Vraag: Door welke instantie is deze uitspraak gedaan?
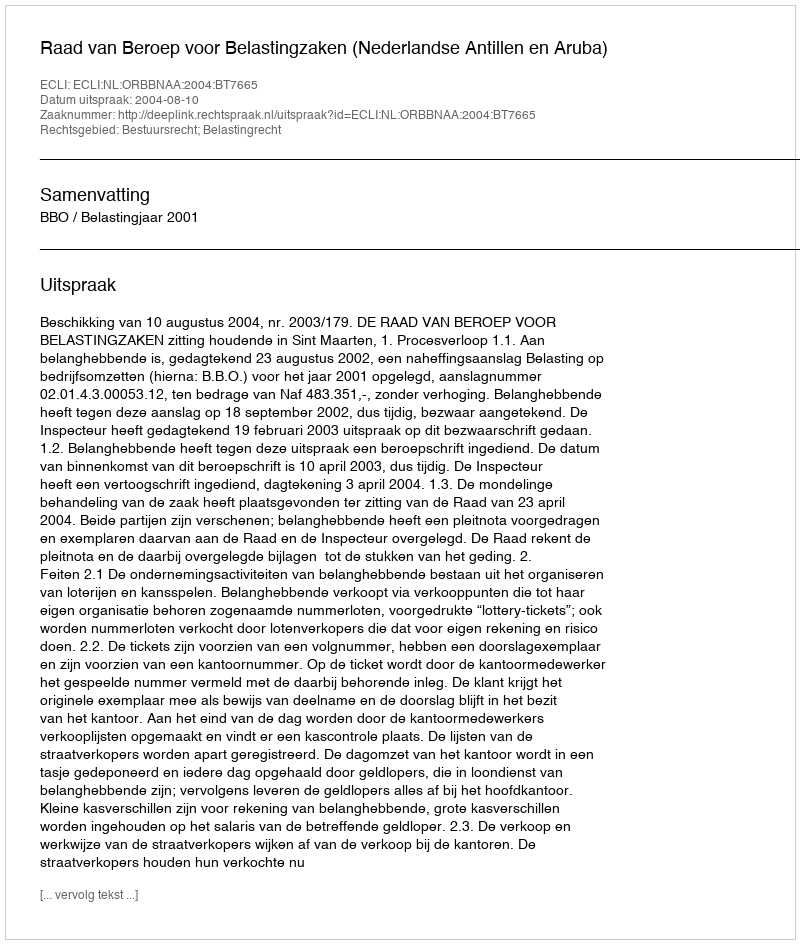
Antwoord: Raad van Beroep voor Belastingzaken (Nederlandse Antillen en Aruba)